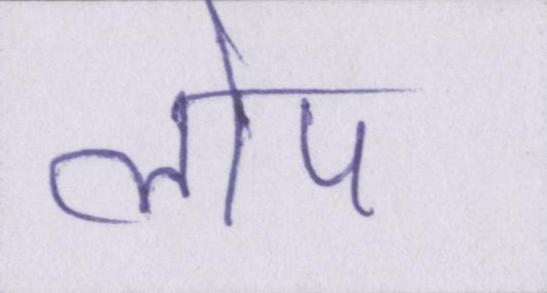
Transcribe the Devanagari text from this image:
लोप